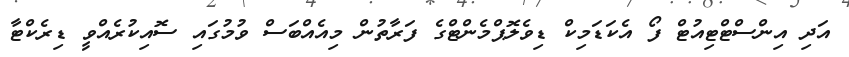
އަދި އިންސްޓްޓިއުޓް ފޯ އެކަޑަމިކް ޑިވެލޮޕްމެންޓްގެ ފަރާތުން މިއެއްބަސް ވުމުގައި ސޮއިކުރެއްވީ ޑިރެކްޓާ